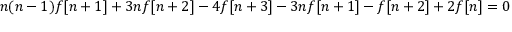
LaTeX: n ( n - 1 ) f [ n + 1 ] + 3 n f [ n + 2 ] - 4 f [ n + 3 ] - 3 n f [ n + 1 ] - f [ n + 2 ] + 2 f [ n ] = 0